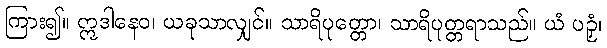
ကြား၍။ ဣဒါနေဝ၊ ယခုသာလျှင်။ သာရိပုတ္တော၊ သာရိပုတ္တရာသည်။ ယံ ပဉှံ၊